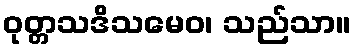
ဝုတ္တသဒိသမေဝ၊ သည်သာ။